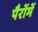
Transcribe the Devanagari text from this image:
पैरोंमें